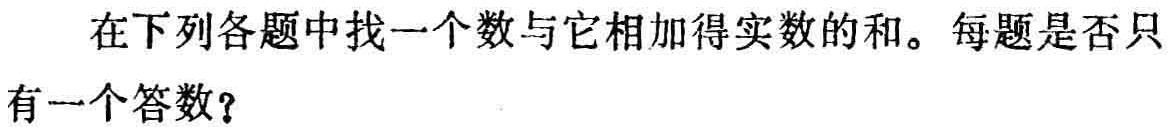
在下列各题中找一个数与它相加得实数的和。每题是否只有一个答数？